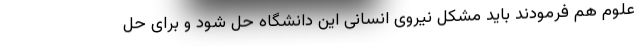
علوم هم فرمودند باید مشکل نیروی انسانی این دانشگاه حل شود و برای حل